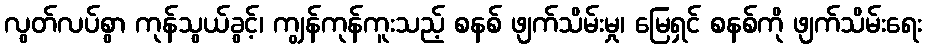
လွတ်လပ်စွာ ကုန်သွယ်ခွင့်၊ ကျွန်ကုန်ကူးသည့် စနစ် ဖျက်သိမ်းမှု၊ မြေရှင် စနစ်ကို ဖျက်သိမ်းရေး